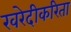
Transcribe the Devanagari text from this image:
खरेदीकरिता